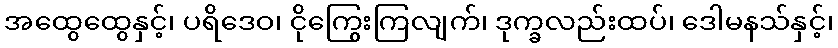
အထွေထွေနှင့်၊ ပရိဒေဝ၊ ငိုကြွေးကြလျက်၊ ဒုက္ခလည်းထပ်၊ ဒေါမနသ်နှင့်၊